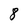
Character: 8